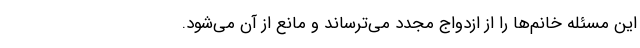
این مسئله خانم‌ها را از ازدواج مجدد می‌ترساند و مانع از آن می‌شود.